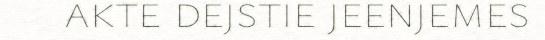
akte dejstie jeenjemes